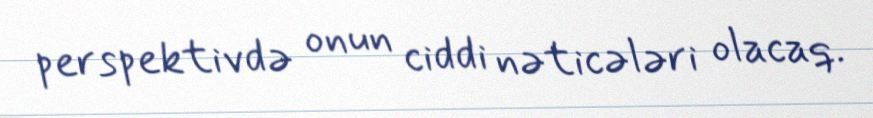
perspektivdə onun ciddi nəticələri olacaq.